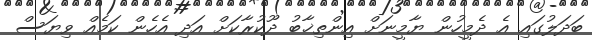
ބަދަލުގައި އެ ދެމީހުން ޔާމީނަށް އިންތިޚާބު ދޫކުރާކަށް އަދި އެހެން ކަމެއް ވިޔަސް